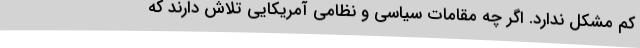
کم مشکل ندارد. اگر چه مقامات سیاسی و نظامی آمریکایی تلاش دارند که